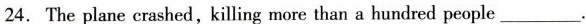
24.The place crashed, killing more than a hundred people___.